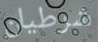
شرطيان